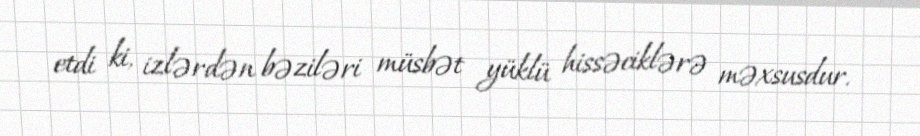
etdi ki, izlərdən bəziləri müsbət yüklü hissəciklərə məxsusdur.